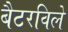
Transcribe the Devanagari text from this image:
बैटरविले